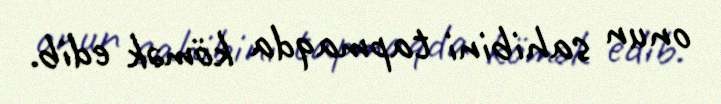
onun sahibini tapmaqda kömək edib.